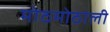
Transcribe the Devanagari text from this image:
मोठमोठाली